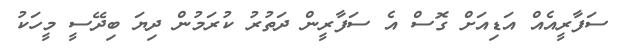
ސަފާރީއެއް އަޑިއަށް ގޮސް އެ ސަފާރީން ދަތުރު ކުރަމުން ދިޔަ ބިދޭސީ މީހަކު